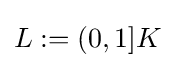
{\textstyle L:=(0,1]K}